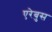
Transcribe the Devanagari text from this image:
एरेबुस